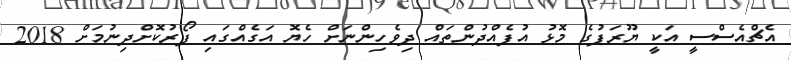
އެޗްއެސްސީ އަކީ ޔޫރަޕުގެ މޮޅު އުފެއްދުންތައް ދިވެހިންނަށް ހެޔޮ އަގެއްގައި ފޯރުކޮށްދިނުމަށް 2018